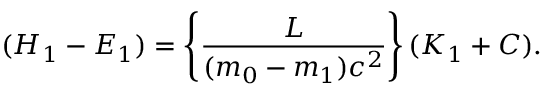
( H _ { 1 } - E _ { 1 } ) = \left\{ \frac { L } { ( m _ { 0 } - m _ { 1 } ) c ^ { 2 } } \right\} ( K _ { 1 } + C ) .